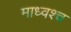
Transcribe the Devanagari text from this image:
माध्वश्च